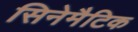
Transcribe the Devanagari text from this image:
सिनेमैटिक